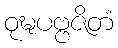
ဝုဍ္ဎပဗ္ဗဇိတံ